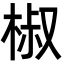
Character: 椒